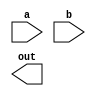
`timescale 1ns/1ps
module taskmax(
input[7:0]a,
input[7:0]b,
output reg [7:0]out
);

task compare(input[7:0]a,input[7:0]b,output reg[7:0]out);
if (a>b) begin
    out <= a;
end
else begin out <= b; end

endtask

always@* begin

compare(a,b,out);
end

endmodule